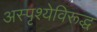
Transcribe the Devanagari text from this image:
अस्पृश्येविरूद्ध